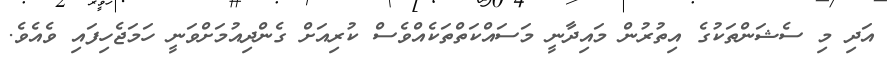
އަދި މި ސެޝަންތަކުގެ އިތުރުން މައިދާނީ މަސައްކަތްތަކެއްވެސް ކުރިއަށް ގެންދިއުމަށްވަނީ ހަމަޖެހިފައި ވެއެވެ.